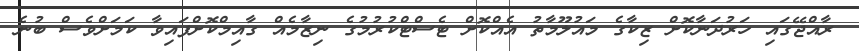
ރާއްޖޭގައި ހަރުދަނާކޮށް ޒިކާގެ މައުލޫމާތު އެއްކޮށް ޓެސްޓްކުރުމުގެ ނިޒާމެއް ގާއިމްކޮށްފައިވާ ކަމަށްވެސް ބުނެ